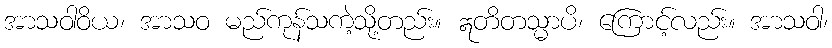
အာသဝါဝိယ၊ အာသဝ မည်ကုန်သကဲ့သို့တည်း။ ဣတိတသ္မာပိ၊ ကြောင့်လည်း။ အာသဝါ၊